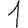
Digit: 1